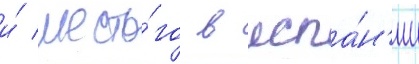
и́ шесто́го в испа́н'ии